On the action of the venoms of the cobra (Naja tripudians) and of the daboia (Daboia russellii) on the red blood corpuscles and on the blood plasma - Number 4
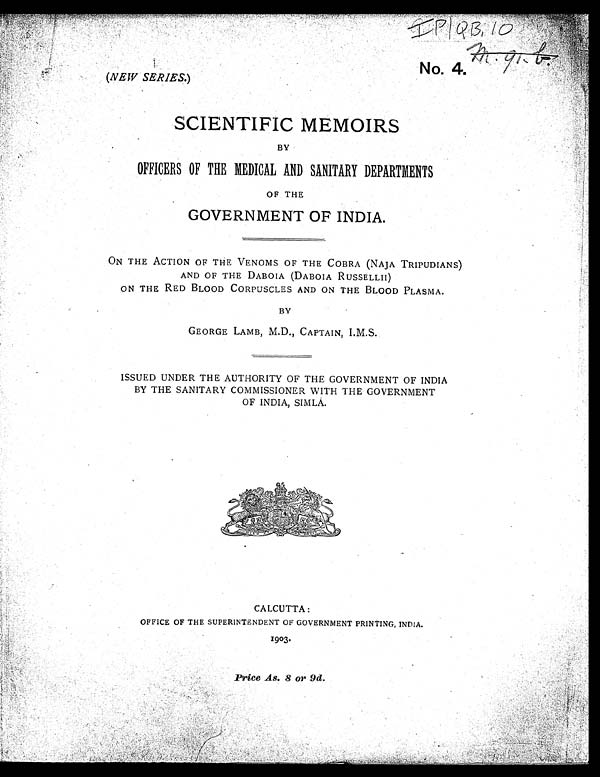
No. 4.
(NEW SERIES.)
SCIENTIFIC MEMOIRS
BY
OFFICERS OF THE MEDICAL AND SANITARY DEPARTMENTS
OF THE
GOVERNMENT OF INDIA .
ON THE ACTION OF THE VENOMS OF THE COBRA (NAJA TRIPUDIANS)
AND OF THE DABOIA (DABOIA RUSSELLII)
ON THE RED BLOOD CORPUSCLES AND ON THE BLOOD PLASMA.
BY
GEORGE LAMB, M.D., CAPTAIN, I.M.S .
ISSUED UNDER THE AUTHORITY OF THE GOVERNMENT OF INDIA
BY THE SANITARY COMMISSIONER WITH THE GOVERNMENT
OF INDIA, SIMLA.
CALCUTTA:
OFFICE OF THE SUPERINTENDENT OF GOVERNMENT PRINTING, INDIA.
1903.
Price As. 8 or 9d.